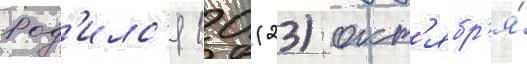
Род'илс'я 10 (23) окт'ябр'я́